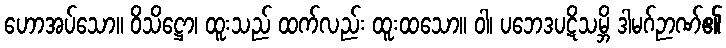
ဟောအပ်သော။ ဝိသိဋ္ဌော၊ ထူးသည် ထက်လည်း ထူးထသော။ ဝါ၊ ပဘေဒပဋိသမ္ဘိ ဒါမဂ်ဉာဏ်၏